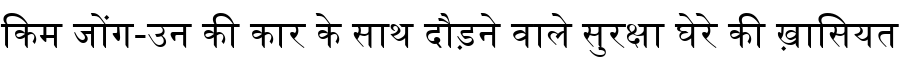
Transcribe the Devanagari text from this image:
किम जोंग-उन की कार के साथ दौड़ने वाले सुरक्षा घेरे की ख़ासियत